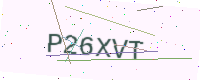
Text: P26XVT